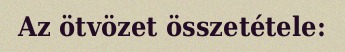
Az ötvözet összetétele: